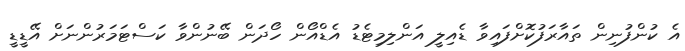
އެ ކުންފުނިން ތައާރަފުކޮށްފައިވާ ޑެއިލީ އަންލިމިޓެޑު އެޑްއޯން ހޯދަން ބޭނުންވާ ކަސްޓަމަރުންނަށް އޭޑީޑީ